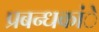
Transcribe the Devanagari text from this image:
प्रबन्धकांे